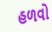
હળવો